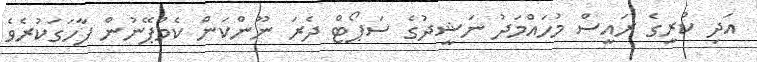
އަދި ކުރީގެ ރައީސް މުހައްމަދު ނަޝީދުގެ ސަޕޯޓް ދެރަ ނޫންކަން ކެމްޕޭނުން ފާހަގަކުރެވެ